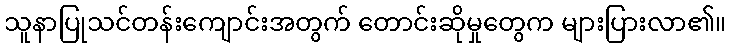
သူနာပြုသင်တန်းကျောင်းအတွက် တောင်းဆိုမှုတွေက များပြားလာ၏။